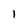
Character: 1